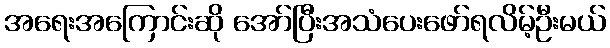
အရေးအကြောင်းဆို အော်ပြီးအသံပေးဖော်ရလိမ့်ဦးမယ်